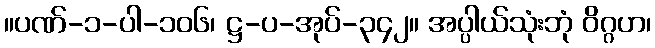
။ပဏ်-၁-ပါ-၁၀၆၊ ဋ္ဌ-ပ-အုပ်-၃၄၂။ အပ္ပါယ်သုံးဘုံ ဝိဂ္ဂဟ၊